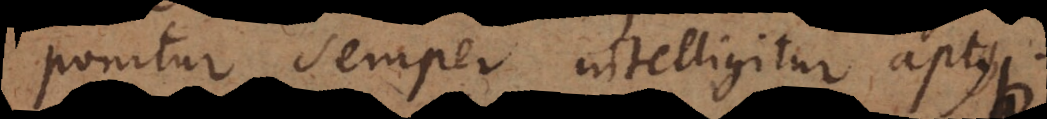
ponitur semper intelligitur aptus.